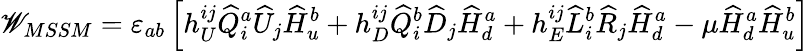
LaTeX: \mathscr{W}_{MSSM}=\varepsilon_{ab}\left[h_{U}^{ij}\widehat{Q}_{i}^{a}\widehat{U}_{j}\widehat{H}_{u}^{b}+h_{D}^{ij}\widehat{Q}_{i}^{b}\widehat{D}_{j}\widehat{H}_{d}^{a}+h_{E}^{ij}\widehat{L}_{i}^{b}\widehat{R}_{j}\widehat{H}_{d}^{a}-\mu\widehat{H}_{d}^{a}\widehat{H}_{u}^{b}\right]